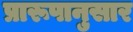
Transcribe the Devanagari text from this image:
प्रारूपानुसार